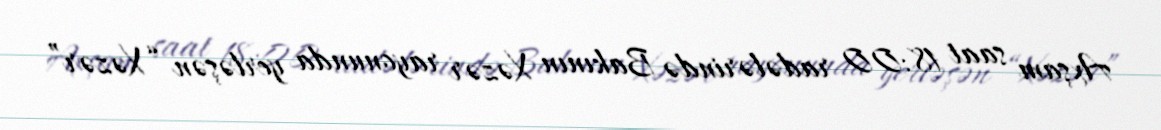
Axşam saat 18:00 radələrində Bakının Xəzər rayonunda yerləşən “Xəzər”